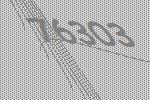
76303